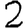
Digit: 2